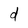
Character: d